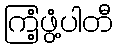
ကြံ့ဖွံ့ပါတီ